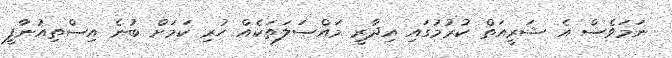
ނަމަވެސް އެ ޝަރީއަތް ކުރުމުގައި އިދާރީ މައްސަލަތަކެއް ހުރި ކަމަށް ބުނެ އިސްތިއުނާފީ